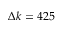
\Delta k = 4 2 5